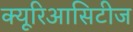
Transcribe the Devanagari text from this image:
क्यूरिआसिटीज